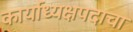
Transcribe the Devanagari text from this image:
कार्याध्यक्षपदाचा